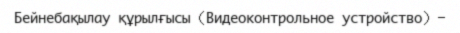
Бейнебақылау құрылғысы (Видеоконтрольное устройство) —